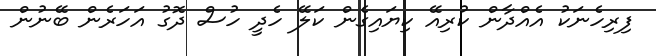
ފިރިހެނަކު އެއްދާން ކުރިއޭ ކިޔައިިގެން ކަލޭ ހެދީ ހުސް ދޮގު އަހަރެން ބޭނުން